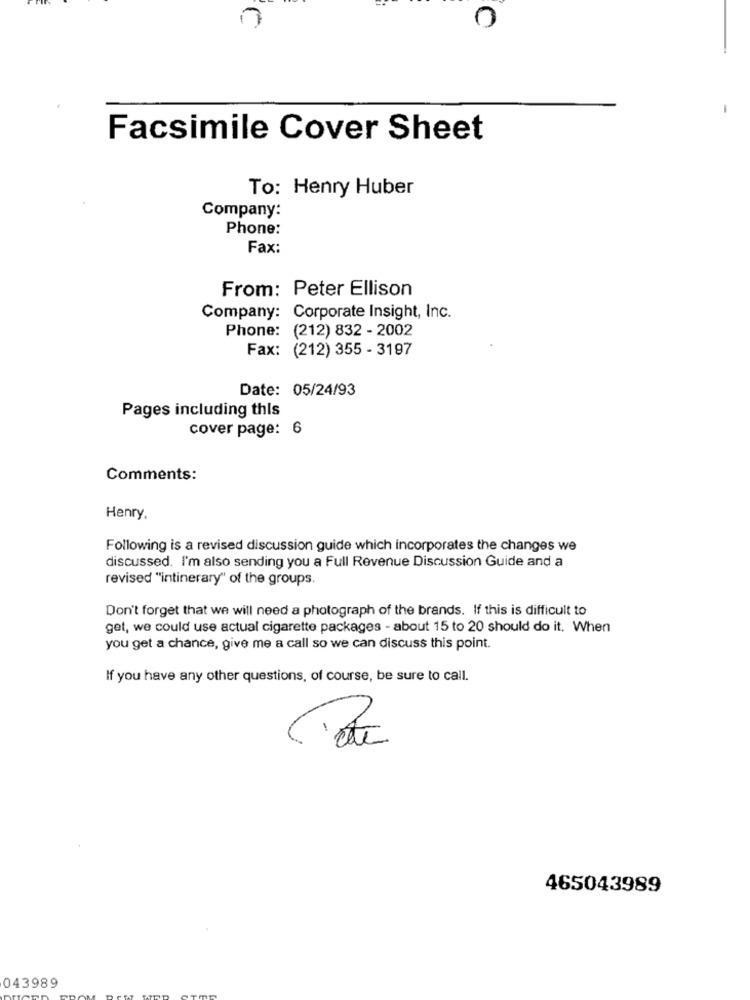
Facsimile Cover Sheet
To: Henry Huber
Company:
Phone:
Fax:
From: Peter Ellison
Company: Corporate Insight, Inc.
Phone: (212) 832 - 2002
Fax: (212) 355 - 3197
Date: 05/24/93
Pages including this
cover page: 6
Comments:
Henry.
Following is a revised discussion guide which incorporates the changes we
discussed. I'm also sending you a Full Revenue Discussion Guide and a
revised "intinerary" of the groups.
Don't forget that we will need a photograph of the brands. If this is difficult to
get, we could use actual cigarette packages - about 15 to 20 should do it. When
you get a chance, give me a call so we can discuss this point.
If you have any other questions, of course, be sure to call.
465043989
043989